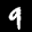
Label: 9